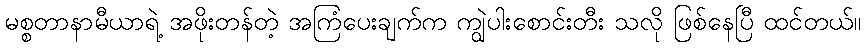
မစ္စတာနာမီယာရဲ့ အဖိုးတန်တဲ့ အကြံပေးချက်က ကျွဲပါးစောင်းတီး သလို ဖြစ်နေပြီ ထင်တယ်။